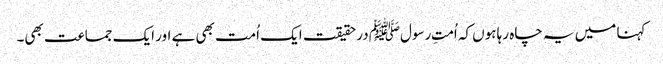
کہنا میں یہ چاہ رہا ہوں کہ اُمتِ رسولﷺ درحقیقت ایک اُمت بھی ہے اور ایک جماعت بھی۔